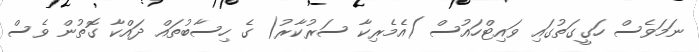
ނަމަވެސް ހަގީގަތުގައި ވައިޓްހައުސް )އެމެރިކާ ސަރުކާރު( ގެ ހިސާބުތައް ދައްކާ ގޮތުން ވެސް